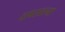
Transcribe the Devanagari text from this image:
वापरातल्या